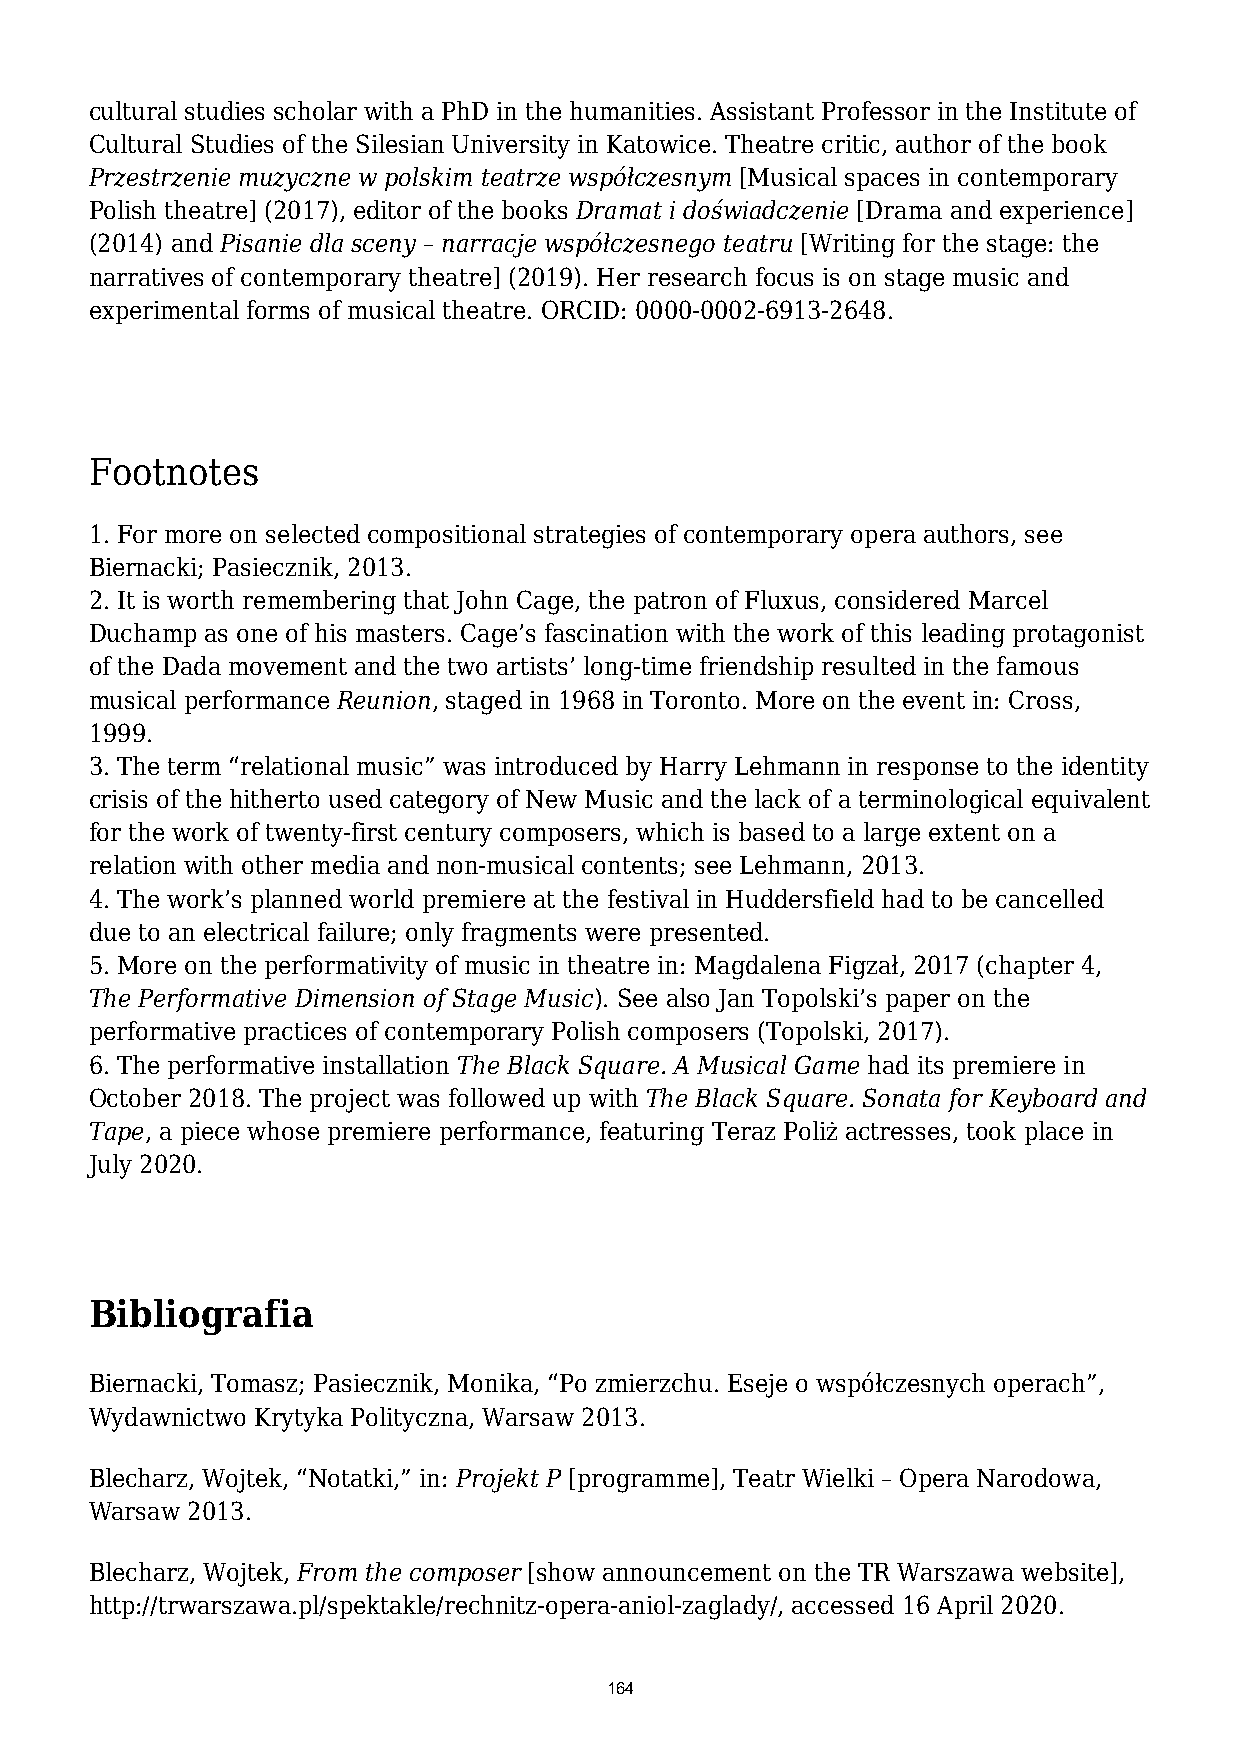
cultural studies scholar with a PhD in the humanities. Assistant Professor in the Institute of
 Cultural Studies of the Silesian University in Katowice. Theatre critic, author of the book
 Przestrzenie muzyczne w polskim teatrze współczesnym [Musical spaces in contemporary
 Polish theatre] (2017), editor of the books Dramat i doświadczenie [Drama and experience]
 (2014) and Pisanie dla sceny – narracje współczesnego teatru [Writing for the stage: the
 narratives of contemporary theatre] (2019). Her research focus is on stage music and
 experimental forms of musical theatre. ORCID: 0000-0002-6913-2648.
 Footnotes
 1. For more on selected compositional strategies of contemporary opera authors, see
 Biernacki; Pasiecznik, 2013.
 2. It is worth remembering that John Cage, the patron of Fluxus, considered Marcel
 Duchamp as one of his masters. Cage’s fascination with the work of this leading protagonist
 of the Dada movement and the two artists’ long-time friendship resulted in the famous
 musical performance Reunion, staged in 1968 in Toronto. More on the event in: Cross,
 1999.
 3. The term “relational music” was introduced by Harry Lehmann in response to the identity
 crisis of the hitherto used category of New Music and the lack of a terminological equivalent
 for the work of twenty-first century composers, which is based to a large extent on a
 relation with other media and non-musical contents; see Lehmann, 2013.
 4. The work’s planned world premiere at the festival in Huddersfield had to be cancelled
 due to an electrical failure; only fragments were presented.
 5. More on the performativity of music in theatre in: Magdalena Figzał, 2017 (chapter 4,
 The Performative Dimension of Stage Music). See also Jan Topolski’s paper on the
 performative practices of contemporary Polish composers (Topolski, 2017).
 6. The performative installation The Black Square. A Musical Game had its premiere in
 October 2018. The project was followed up with The Black Square. Sonata for Keyboard and
 Tape, a piece whose premiere performance, featuring Teraz Poliż actresses, took place in
 July 2020.
 Bibliografia
 Biernacki, Tomasz; Pasiecznik, Monika, “Po zmierzchu. Eseje o współczesnych operach”,
 Wydawnictwo Krytyka Polityczna, Warsaw 2013.
 Blecharz, Wojtek, “Notatki,” in: Projekt P [programme], Teatr Wielki – Opera Narodowa,
 Warsaw 2013.
 Blecharz, Wojtek, From the composer [show announcement on the TR Warszawa website],
 http://trwarszawa.pl/spektakle/rechnitz-opera-aniol-zaglady/, accessed 16 April 2020.
 164